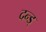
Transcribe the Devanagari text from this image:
दन्ड्